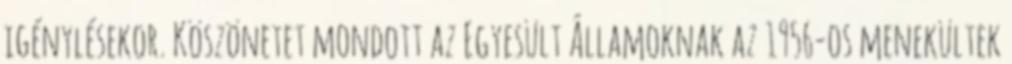
igénylésekor. Köszönetet mondott az Egyesült Államoknak az 1956-os menekültek